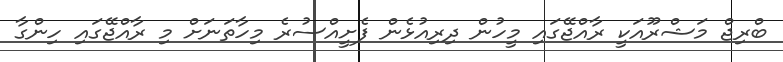
ބްރިޖް މަޝްރޫއަކީ ރާއްޖޭގައި މީހުން ދިރިއުޅެން ފެށީއްސުރެ މިހާތަނަށް މި ރާއްޖޭގައި ހިންގާ